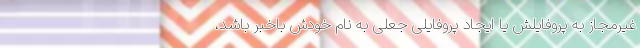
غیرمجاز به پروفایلش یا ایجاد پروفایلی جعلی به نام خودش باخبر باشد،